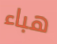
هباء